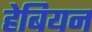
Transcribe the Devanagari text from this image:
हेबियन